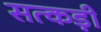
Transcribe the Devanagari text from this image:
सत्कड़ी